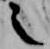
之